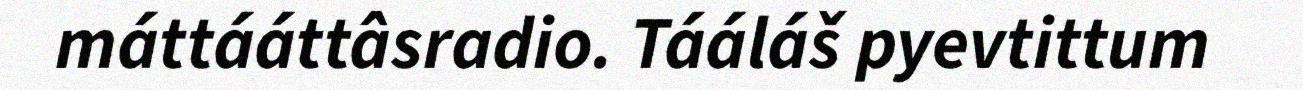
máttááttâsradio. Tááláš pyevtittum